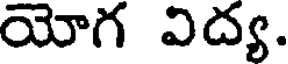
యోగ విద్య.